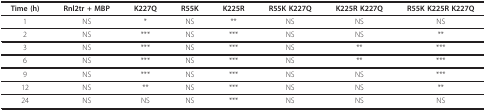
<table><thead><tr><td><b>Time (h)</b></td><td><b>Rnl2tr + MBP</b></td><td><b>K227Q</b></td><td><b>R55K</b></td><td><b>K225R</b></td><td><b>R55K K227Q</b></td><td><b>K225R K227Q</b></td><td><b>R55K K225R K227Q</b></td></tr></thead><tbody><tr><td>1</td><td>NS</td><td>*</td><td>NS</td><td>**</td><td>NS</td><td>NS</td><td>NS</td></tr><tr><td>2</td><td>NS</td><td>***</td><td>NS</td><td>***</td><td>NS</td><td>NS</td><td>**</td></tr><tr><td>3</td><td>NS</td><td>***</td><td>NS</td><td>***</td><td>NS</td><td>**</td><td>***</td></tr><tr><td>6</td><td>NS</td><td>***</td><td>NS</td><td>***</td><td>NS</td><td>**</td><td>***</td></tr><tr><td>9</td><td>NS</td><td>***</td><td>NS</td><td>***</td><td>NS</td><td>NS</td><td>***</td></tr><tr><td>12</td><td>NS</td><td>**</td><td>NS</td><td>***</td><td>NS</td><td>NS</td><td>**</td></tr><tr><td>24</td><td>NS</td><td>NS</td><td>NS</td><td>***</td><td>NS</td><td>NS</td><td>NS</td></tr></tbody></table>